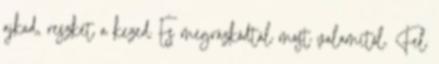
ajkad, reszket a kezed És megrázkódtál most valamitől. Fel